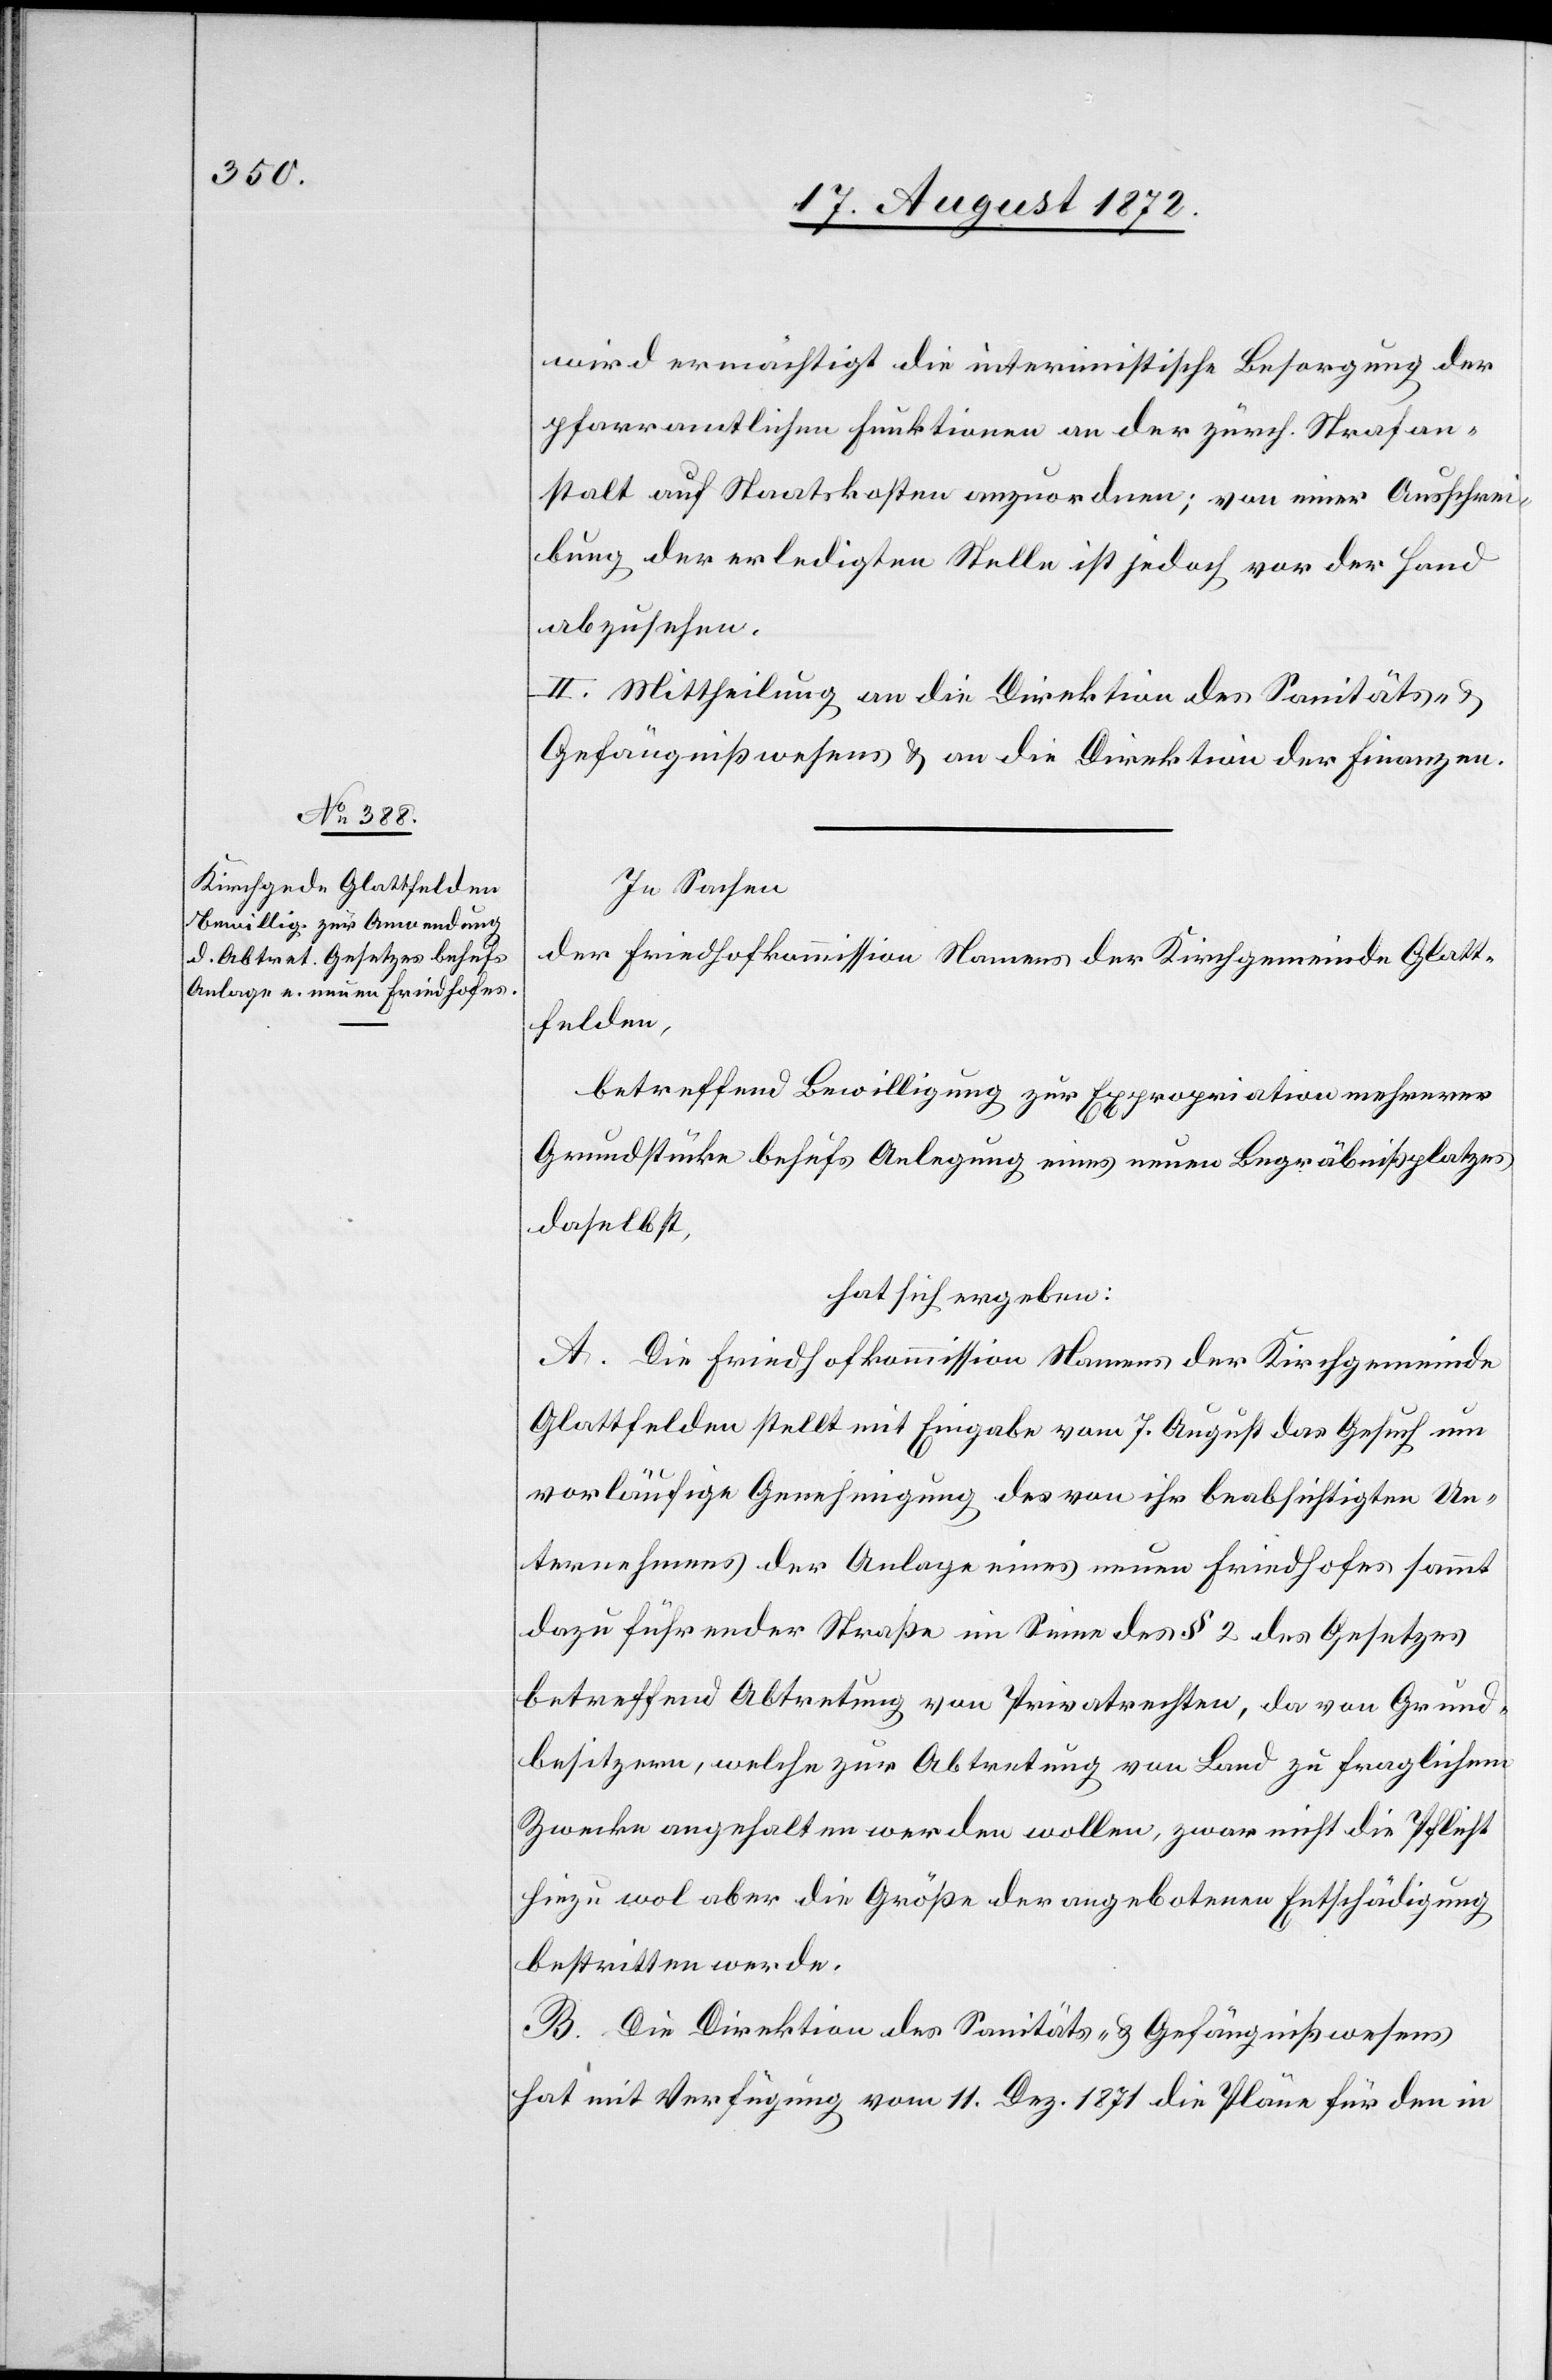
wird ermächtigt die interimistische Besorgung der
pfarramtlichen Funktionen an der zürch. Strafan¬
stalt auf Staatskosten anzuordnen; von einer Ausschrei¬
bung der erledigten Stelle ist jedoch vor der Hand
abzusehen.
II. Mittheilung an die Direktion des Sanitäts- u.
Gefängnißwesens u. an die Direktion der Finanzen.
In Sachen
der Friedhofkomission Namens der Kirchgemeinde Glatt¬
felden,
betreffend Bewilligung zur Expropriation mehrerer
Grundstücke behufs Anlegung eines neuen Begräbnißplatzes
daselbst,
hat sich ergeben:
A. Die Friedhofkommission Namens der Kirchgemeinde
Glattfelden stellt mit Eingabe vom 7. August das Gesuch um
vorläufige Genehmigung des von ihr beabsichtigten Un¬
ternehmens der Anlage eines neuen Friedhofes sammt
dazu führender Straße im Sinne des § 2 des Gesetzes
betreffend Abtretung von Privatrechten, da von Grund¬
besitzern, welche zur Abtretung von Land zu fraglichem
Zwecke angehalten werden wollen, zwar nicht die Pflicht
hiezu wol aber die Größe der angebotenen Entschädigung
bestritten werde.
B. Die Direktion des Sanitäts- u. Gefängnißwesens
hat mit Verfügung vom 11. Dez. 1871 die Pläne für den in